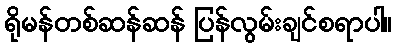
ရိုမန်တစ်ဆန်ဆန် ပြန်လွမ်းချင်စရာပါ။